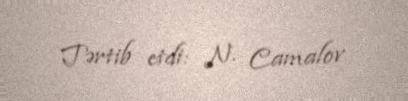
Tərtib etdi: N. Camalov